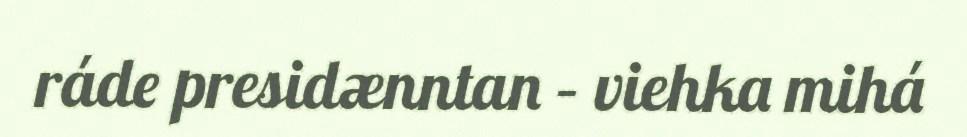
ráde presidænntan – viehka mihá